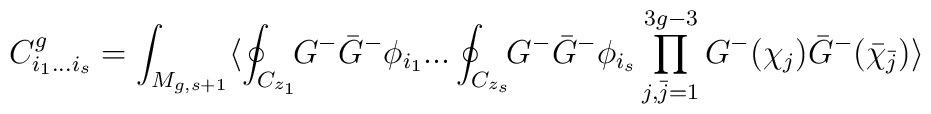
C_{i_1...i_s}^g = \int_{M_{g,s+1}} \langle\oint_{C_{z_1}} \! \! G^- {\bar G}^- \phi_{i_1}... \oint_{C_{z_s}} \! \! G^- {\bar G}^- \phi_{i_s}\prod_{j,{\bar j}=1}^{3g-3} G^- (\chi_j){\bar G}^- ({\bar \chi}_{\bar j}) \rangle